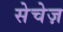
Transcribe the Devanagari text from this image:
सेचेज़